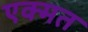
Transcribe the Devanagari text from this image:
एक्मत